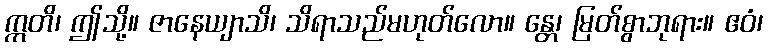
ဣတိ၊ ဤသို့။ ဇာနေယျာသိ၊ သိရာသည်မဟုတ်လော။ န္တေ၊ မြတ်စွာဘုရား။ ဧဝံ၊